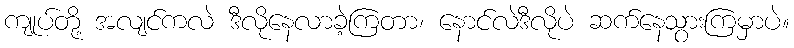
ကျုပ်တို့ အလျင်ကလဲ ဒီလိုနေလာခဲ့ကြတာ၊ နောင်လဲဒီလိုပဲ ဆက်နေသွားကြမှာပဲ။